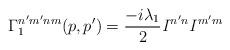
LaTeX: \begin{align*}\Gamma^{n^\prime m^\prime n m}_1(p,p^\prime) =\frac{-i\lambda_1}{2} {\it I}^{n^\prime n} {\it I}^{m^\prime m}\end{align*}